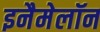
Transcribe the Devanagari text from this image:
इनैमेलॉन